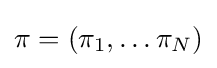
\pi =(\pi _{1},\ldots \pi _{N})